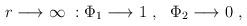
LaTeX: \begin{align*}r\longrightarrow \infty \ : \Phi_1 \longrightarrow 1 \ , \ \ \Phi_2 \longrightarrow 0 \ ,\end{align*}